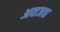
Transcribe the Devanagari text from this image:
आवाजचा